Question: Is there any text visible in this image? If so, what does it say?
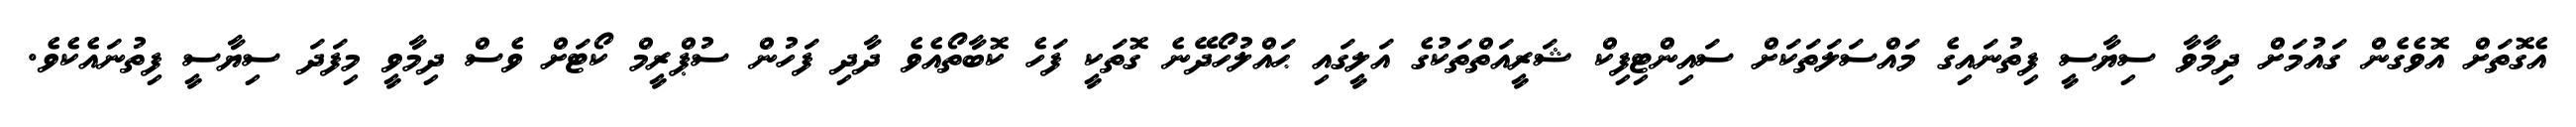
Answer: އެގޮތަށް އޮވެގެން ގައުމަށް ދިމާވާ ސިޔާސީ ފިތުނައިގެ މައްސަލަތަކަށް ސައިންޓިފިކް ޝަރީއަތްތަކުގެ އަލީގައި ޙައްލުހޯދޭނެ ގޮތަކީ ފަހެ ކޮބާތޯއެވެ ދާދި ފަހުން ސުޕްރީމް ކޯޓަށް ވެސް ދިމާވީ މިފަދަ ސިޔާސީ ފިތުނައެކެވެ.